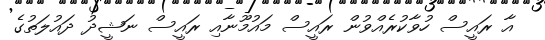
އާ ރައީސް ހުވާކުރެއްވުން ރައީސް މައުމޫނާއި ރައީސް ނަޝީދު ދައުލަތުގެ